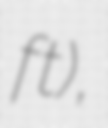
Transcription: ft),